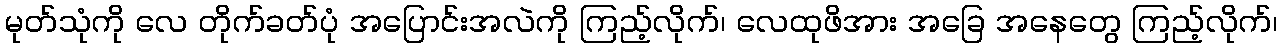
မုတ်သုံကို လေ တိုက်ခတ်ပုံ အပြောင်းအလဲကို ကြည့်လိုက်၊ လေထုဖိအား အခြေ အနေတွေ ကြည့်လိုက်၊